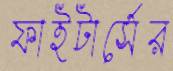
ফাইটার্সের